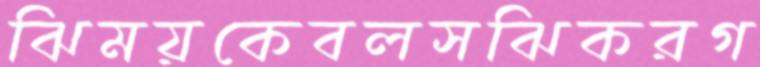
ঝিময়কেবলসঝিকরগ